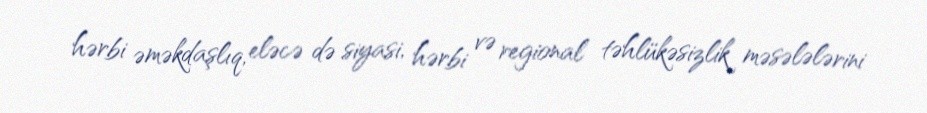
hərbi əməkdaşlıq, eləcə də siyasi, hərbi və regional təhlükəsizlik məsələlərini